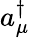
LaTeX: a_{\mu}^{\dagger}